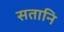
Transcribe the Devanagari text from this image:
सतानि